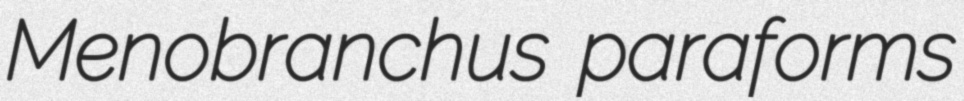
Menobranchus paraforms